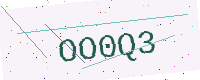
Text: OO0Q3